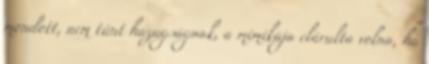
mondott, nem tűnt hazugságnak, a mimikája elárulta volna, ha